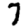
Digit: 7